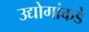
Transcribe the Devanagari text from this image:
उद्योगांकडे